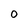
Character: 0